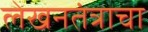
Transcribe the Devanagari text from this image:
लेखनतंत्राचा